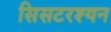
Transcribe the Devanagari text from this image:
सिसटरश्यन